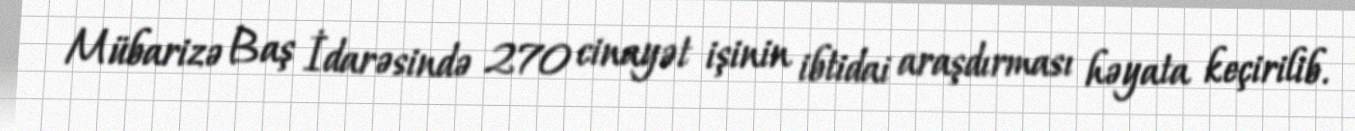
Mübarizə Baş İdarəsində 270 cinayət işinin ibtidai araşdırması həyata keçirilib.